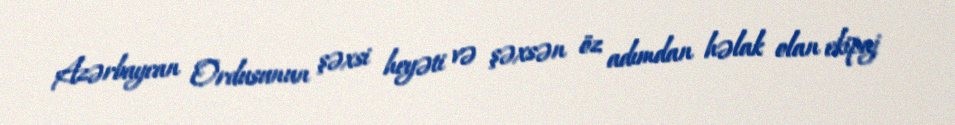
Azərbaycan Ordusunun şəxsi heyəti və şəxsən öz adımdan həlak olan ekipaj